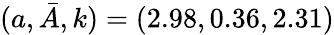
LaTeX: (a,\bar{A},k)=(2.98,0.36,2.31)